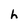
Character: h